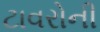
ટાવરોની